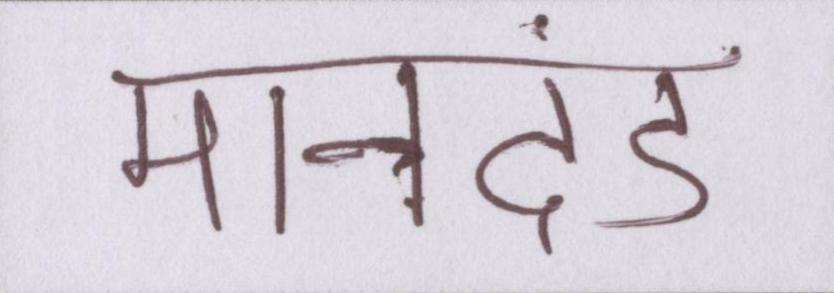
मानदंड